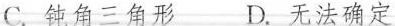
C.钝角三角形 D.无法确定